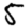
Digit: 5